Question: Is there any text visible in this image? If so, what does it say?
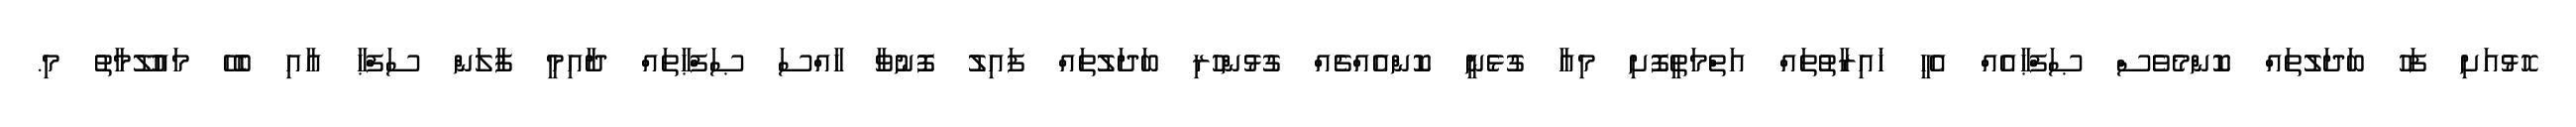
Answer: ހޮޅުއަށި ފަހު ބަދަލުތައް ކޮންމެވެސް ޞަފްޙާއެއް އެހީ ޚައިރާތުތައް އަތްމަތީފޮށި މިއާ ގުޅެނީ ކޮންއެއްޗެއް ގުޅުންހުރި ބަދަލުތައް ފައިލު ފޮނުވާ ހާއްސަ ޞަފްޙާތައް ދާއިމީ ފާލަން ސަފްޙާ އާއި ބެހޭ މައުލޫމާތު މި.